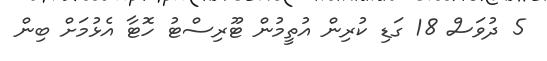
5 ދުވަސް 18 ގަޑި ކުރިން އުތީމުން ޓޫރިސްޓު ހޮޓާ އެޅުމަށް ބިން